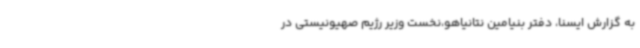
به گزارش ایسنا، دفتر بنیامین نتانیاهو،نخست وزیر رژیم صهیونیستی در